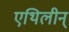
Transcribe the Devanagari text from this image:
एथिलीन्‌